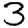
Digit: 3